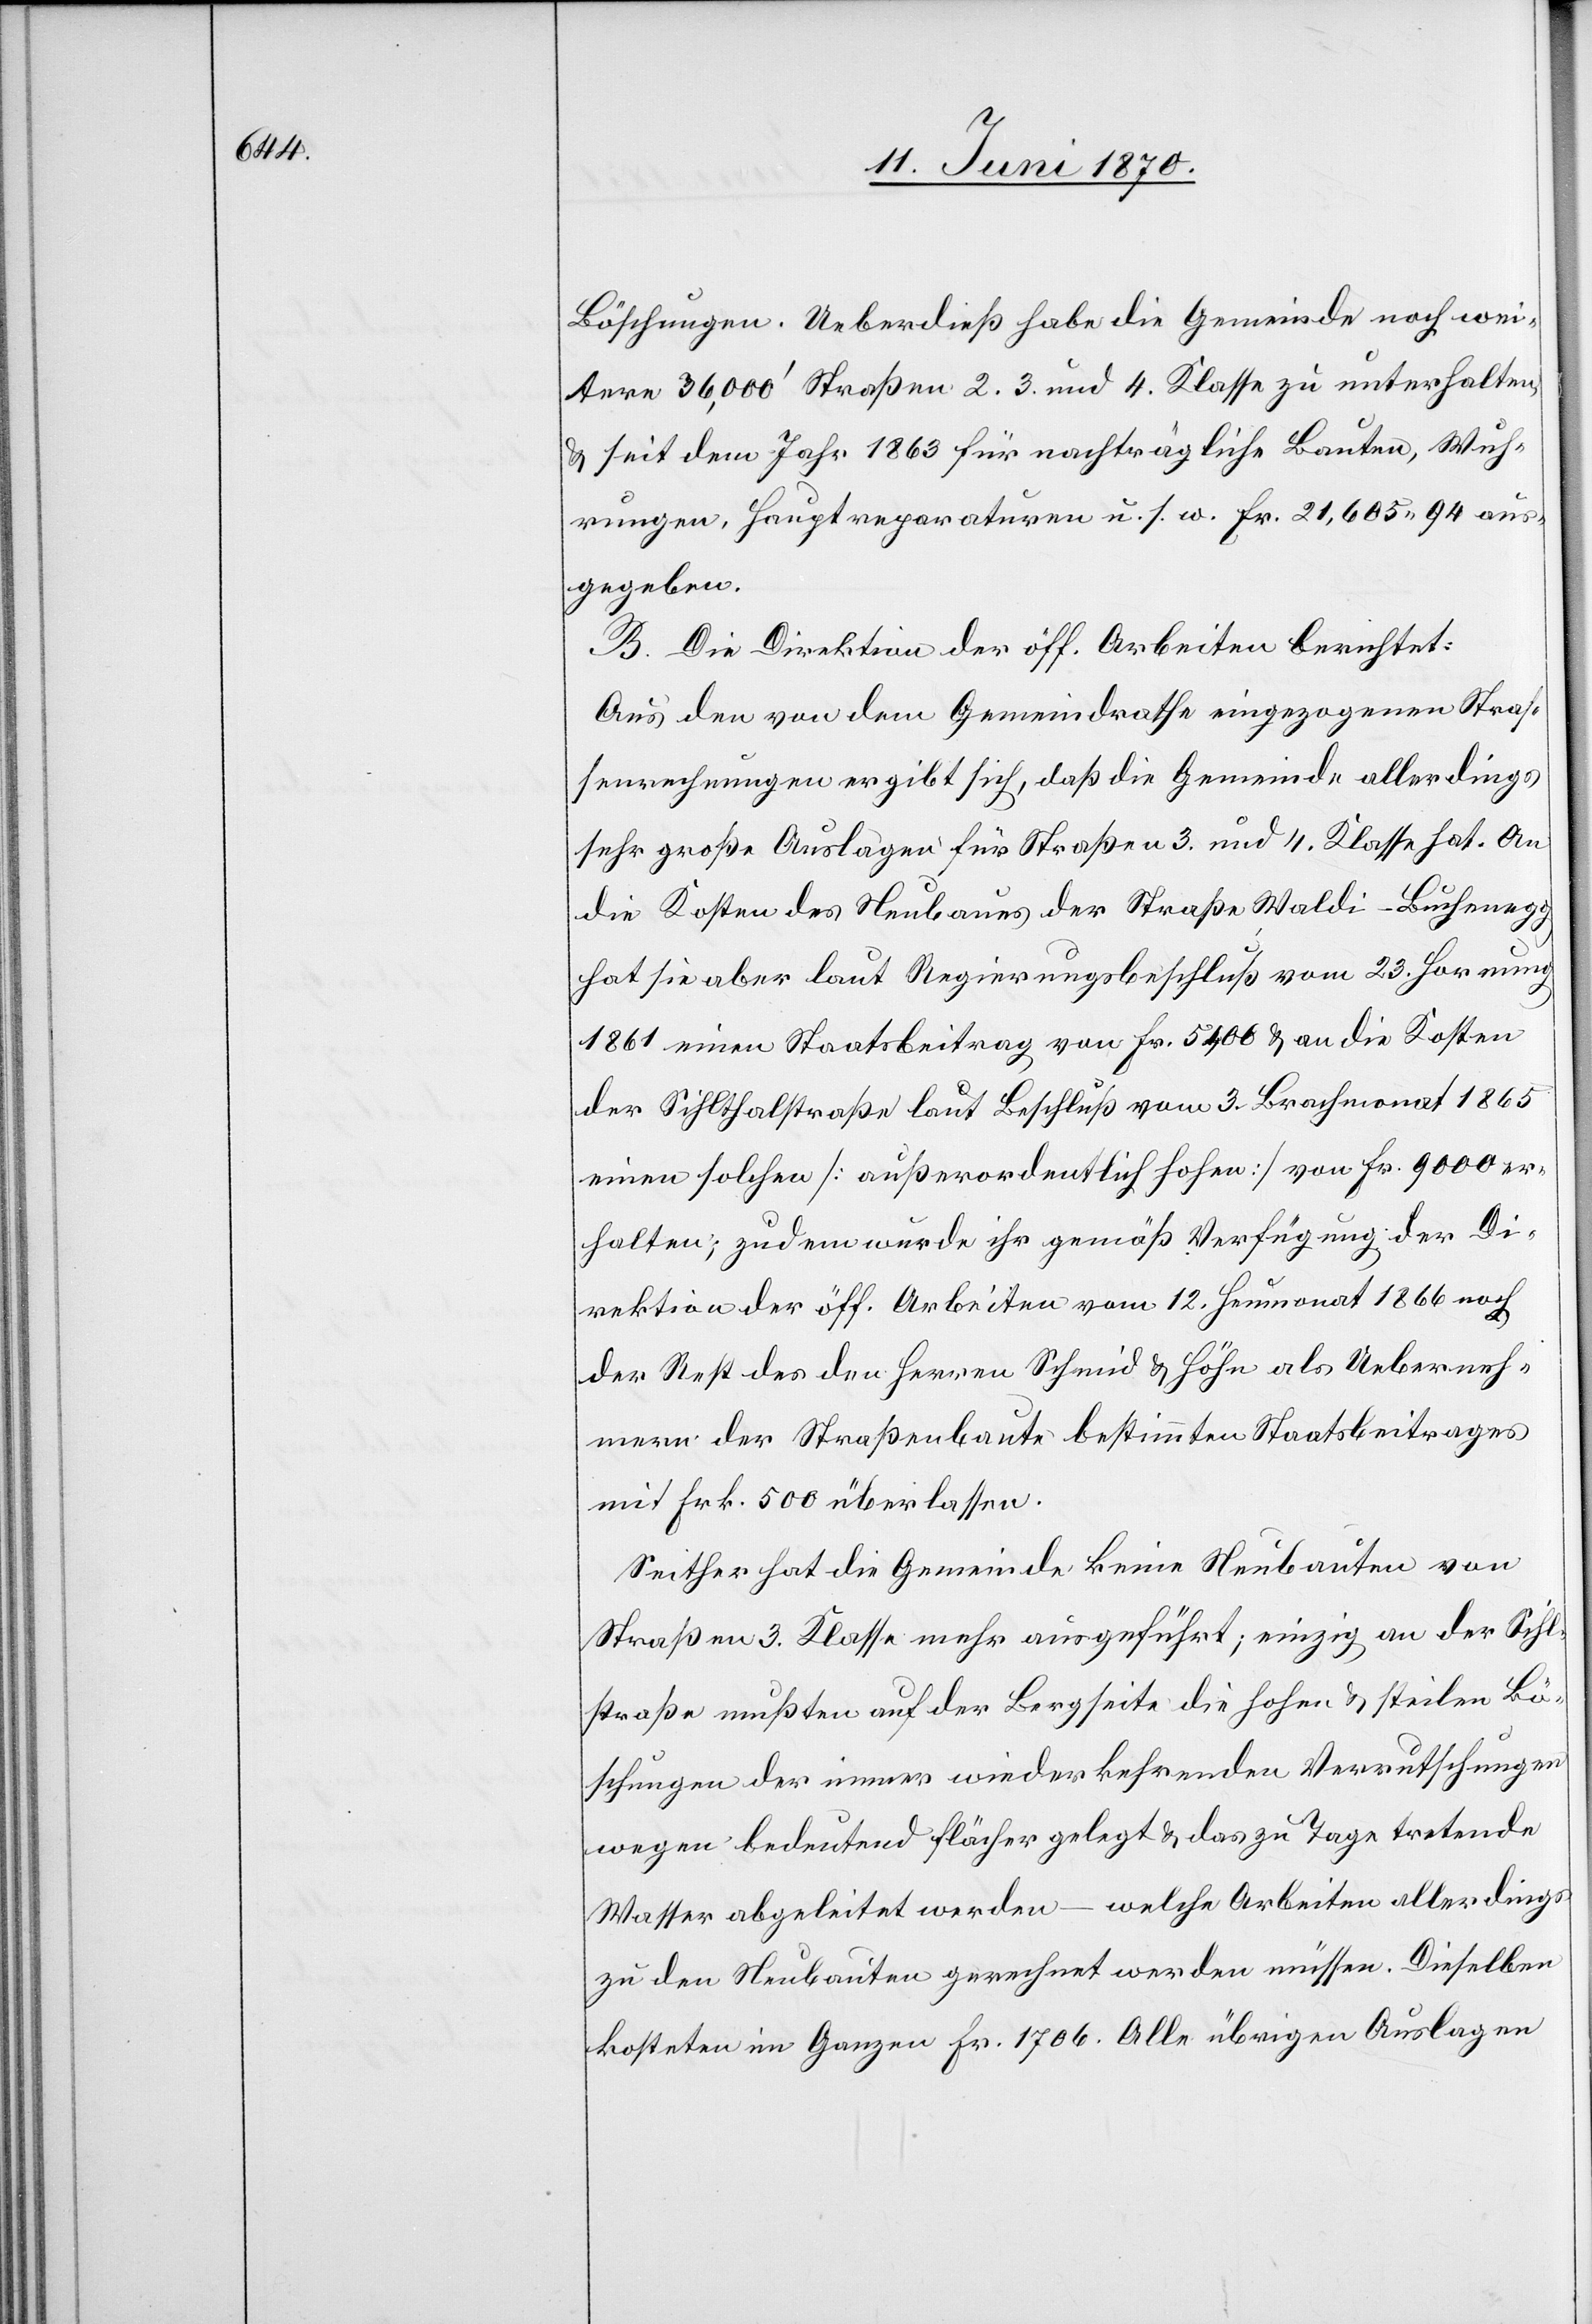
Böschungen. Ueberdieß habe die Gemeinde noch wei¬
tere 36,000‘ Straßen 2.[,] 3. und 4. Klasse zu unterhalten,
& seit dem Jahr 1863 für nachträgliche Bauten, Wuh¬
rungen, Hauptreparaturen u. s. w. Fr. 21,605.94 aus¬
gegeben.
B. Die Direktion der öff. Arbeiten berichtet:
Aus den von dem Gemeindrathe eingezogenen Straß¬
enrechnungen ergibt sich, daß die Gemeinde allerdings
sehr große Auslagen für Straßen 3. und 4. Klasse hat. An
die Kosten des Neubaues der Straße Waldi–Buchenegg
hat sie aber laut Regierungsbeschluß vom 23. Hornung
1861 einen Staatsbeitrag von Fr. 5400 & an die Kosten
der Sihlthalstraße laut Beschluß vom 3. Brachmonat 1865
einen solchen [außerordentliche hohen] von Fr. 9000 er¬
halten; zudem wurde ihr gemäß Verfügung der Di¬
rektion der öff. Arbeiten vom 12. Heumonat 1866 noch
der Rest des den Herren Schmid & Höhe als Ueberneh¬
mern der Straßenbaute bestimmten Staatsbeitrages
mit Frk. 500 überlassen.
Seither hat die Gemeinde keine Neubauten von
Straßen 3. Klasse mehr ausgeführt; einzig an der Sihl¬
straße mußten auf der Bergseite die hohen & steilen Bö¬
schungen der immer wiederkehrenden Verrutschungen
wegen bedeutend flächer gelegt & das zu Tage tretende
Wasser abgeleitet werden – welche Arbeiten allerdings
zu den Neubauten gerechnet werden müssen. Dieselben
kosteten im Ganzen Fr. 1706. Alle übrigen Auslagen